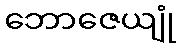
ဘောဇေယျုံ